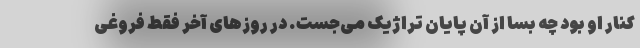
کنار او بود چه بسا از آن پایان تراژیک می‌جست. در روزهای آخر فقط فروغی